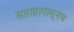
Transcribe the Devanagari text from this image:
सप्ताहापासूनच